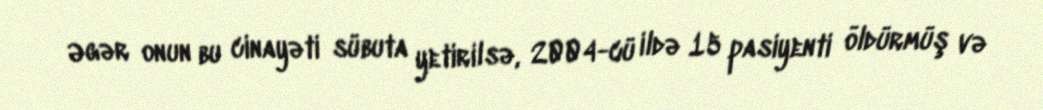
Əgər onun bu cinayəti sübuta yetirilsə, 2004-cü ildə 15 pasiyenti öldürmüş və